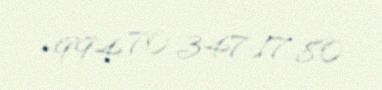
+994 70 347 17 80